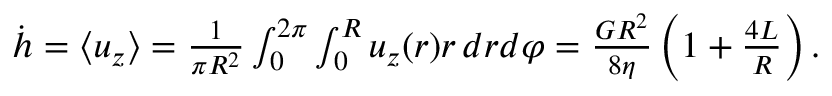
\begin{array} { r } { \dot { h } = \langle u _ { z } \rangle = \frac { 1 } { \pi R ^ { 2 } } \int _ { 0 } ^ { 2 \pi } \int _ { 0 } ^ { R } u _ { z } ( r ) r \, d r d \varphi = \frac { G R ^ { 2 } } { 8 \eta } \left( 1 + \frac { 4 L } { R } \right) . } \end{array}